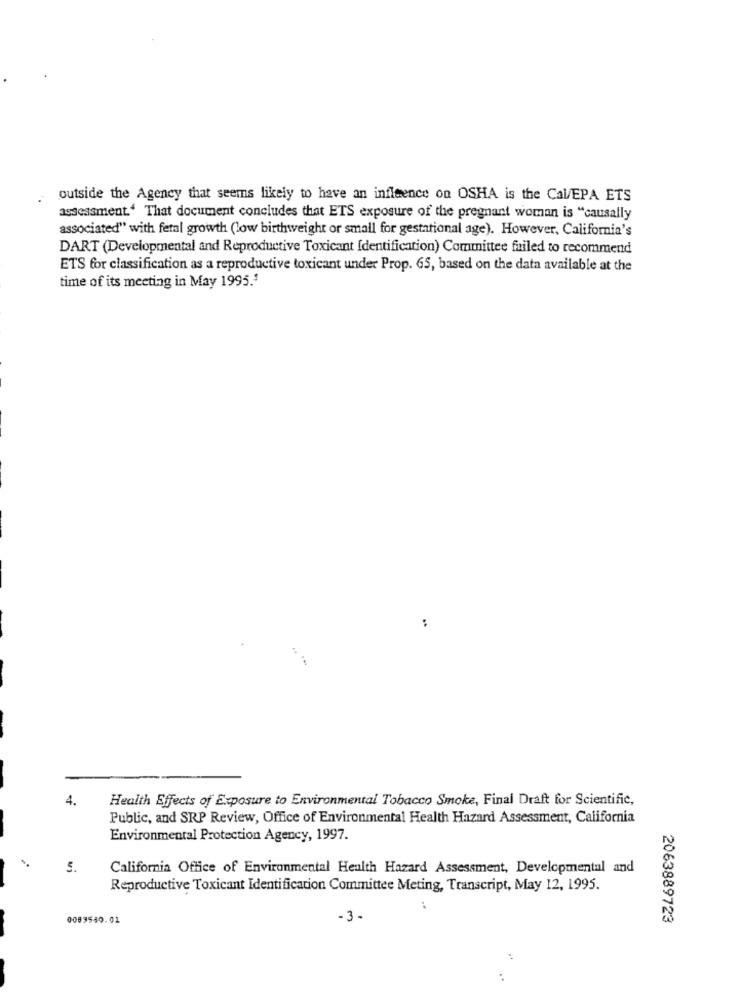
outside the Agency that seems likely to have an influence on OSHA is the Cal/EPA ETS
assessment.“ That document concludes that ETS exposure of the pregnant woman is "causally
associated" with fetal growth (low birthweight or small for gestational age). However, California's
DART (Developmental and Reproductive Toxicant Identification) Committee failed to recommend
ETS for classification as a reproductive toxicant under Prop. 65, based on the data available at the
time of its meeting in May 1995.'
:
4.
Health Effects of Exposure to Environmental Tobacco Smoke, Final Draft for Scientific,
Public, and SRP Review, Office of Environmental Health Hazard Assessment, California
Environmental Protection Agency, 1997.
5.
California Office of Environmental Health Hazard Assessment, Developmental and
Reproductive Toxicant Identification Committee Meting, Transcript, May 12, 1995.
0089540.01
-3 -
2063889723